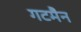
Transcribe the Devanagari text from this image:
गटमैन